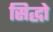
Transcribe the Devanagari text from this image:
सिद्धो